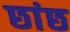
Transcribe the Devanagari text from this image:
छांछ